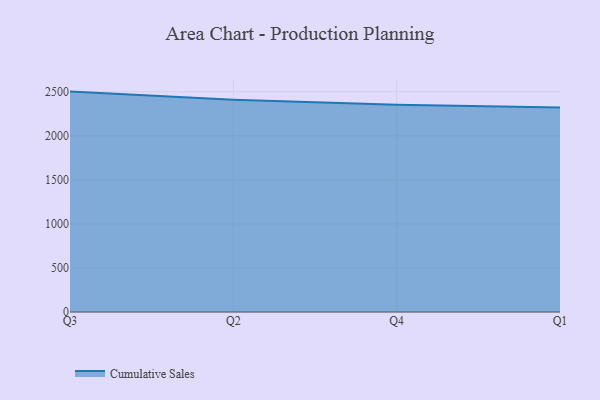
{"axis": {"x": "Quarter", "y": "Tickets Resolved"}, "legend": ["Cumulative Sales"], "data": [{"x": "Q3", "y": 2502.1, "type": "Cumulative Sales"}, {"x": "Q2", "y": 2408.8, "type": "Cumulative Sales"}, {"x": "Q4", "y": 2354.2, "type": "Cumulative Sales"}, {"x": "Q1", "y": 2322.1, "type": "Cumulative Sales"}]}